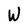
Character: W